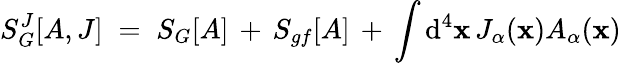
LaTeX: S_{G}^{J}[A,J]\; =\; S_{G}[A]\, +\, S_{gf}[A]\, +\, \int\mathrm{d}^{4}\mathbf{x}\, J_{\alpha}(\mathbf{x})A_{\alpha}(\mathbf{x})\,